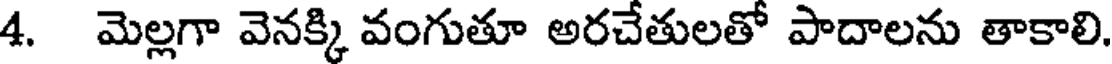
4. మెల్లగా వెనక్కి వంగుతూ అరచేతులతో పాదాలను తాకాలి.